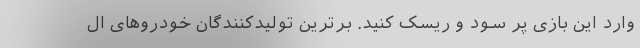
وارد این بازی پر سود و ریسک کنید. برترین تولیدکنندگان خودروهای ال